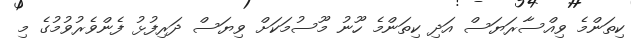
ކިތަންމެ ވިއްސާރަޔަސް އަދި ކިތަންމެ ހޫނު މޫސުމަކަށް ވިޔަސް ދަރިފުޅު ފެންވެރުވުމުގެ މި